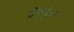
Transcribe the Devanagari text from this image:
प्रेमांकुर